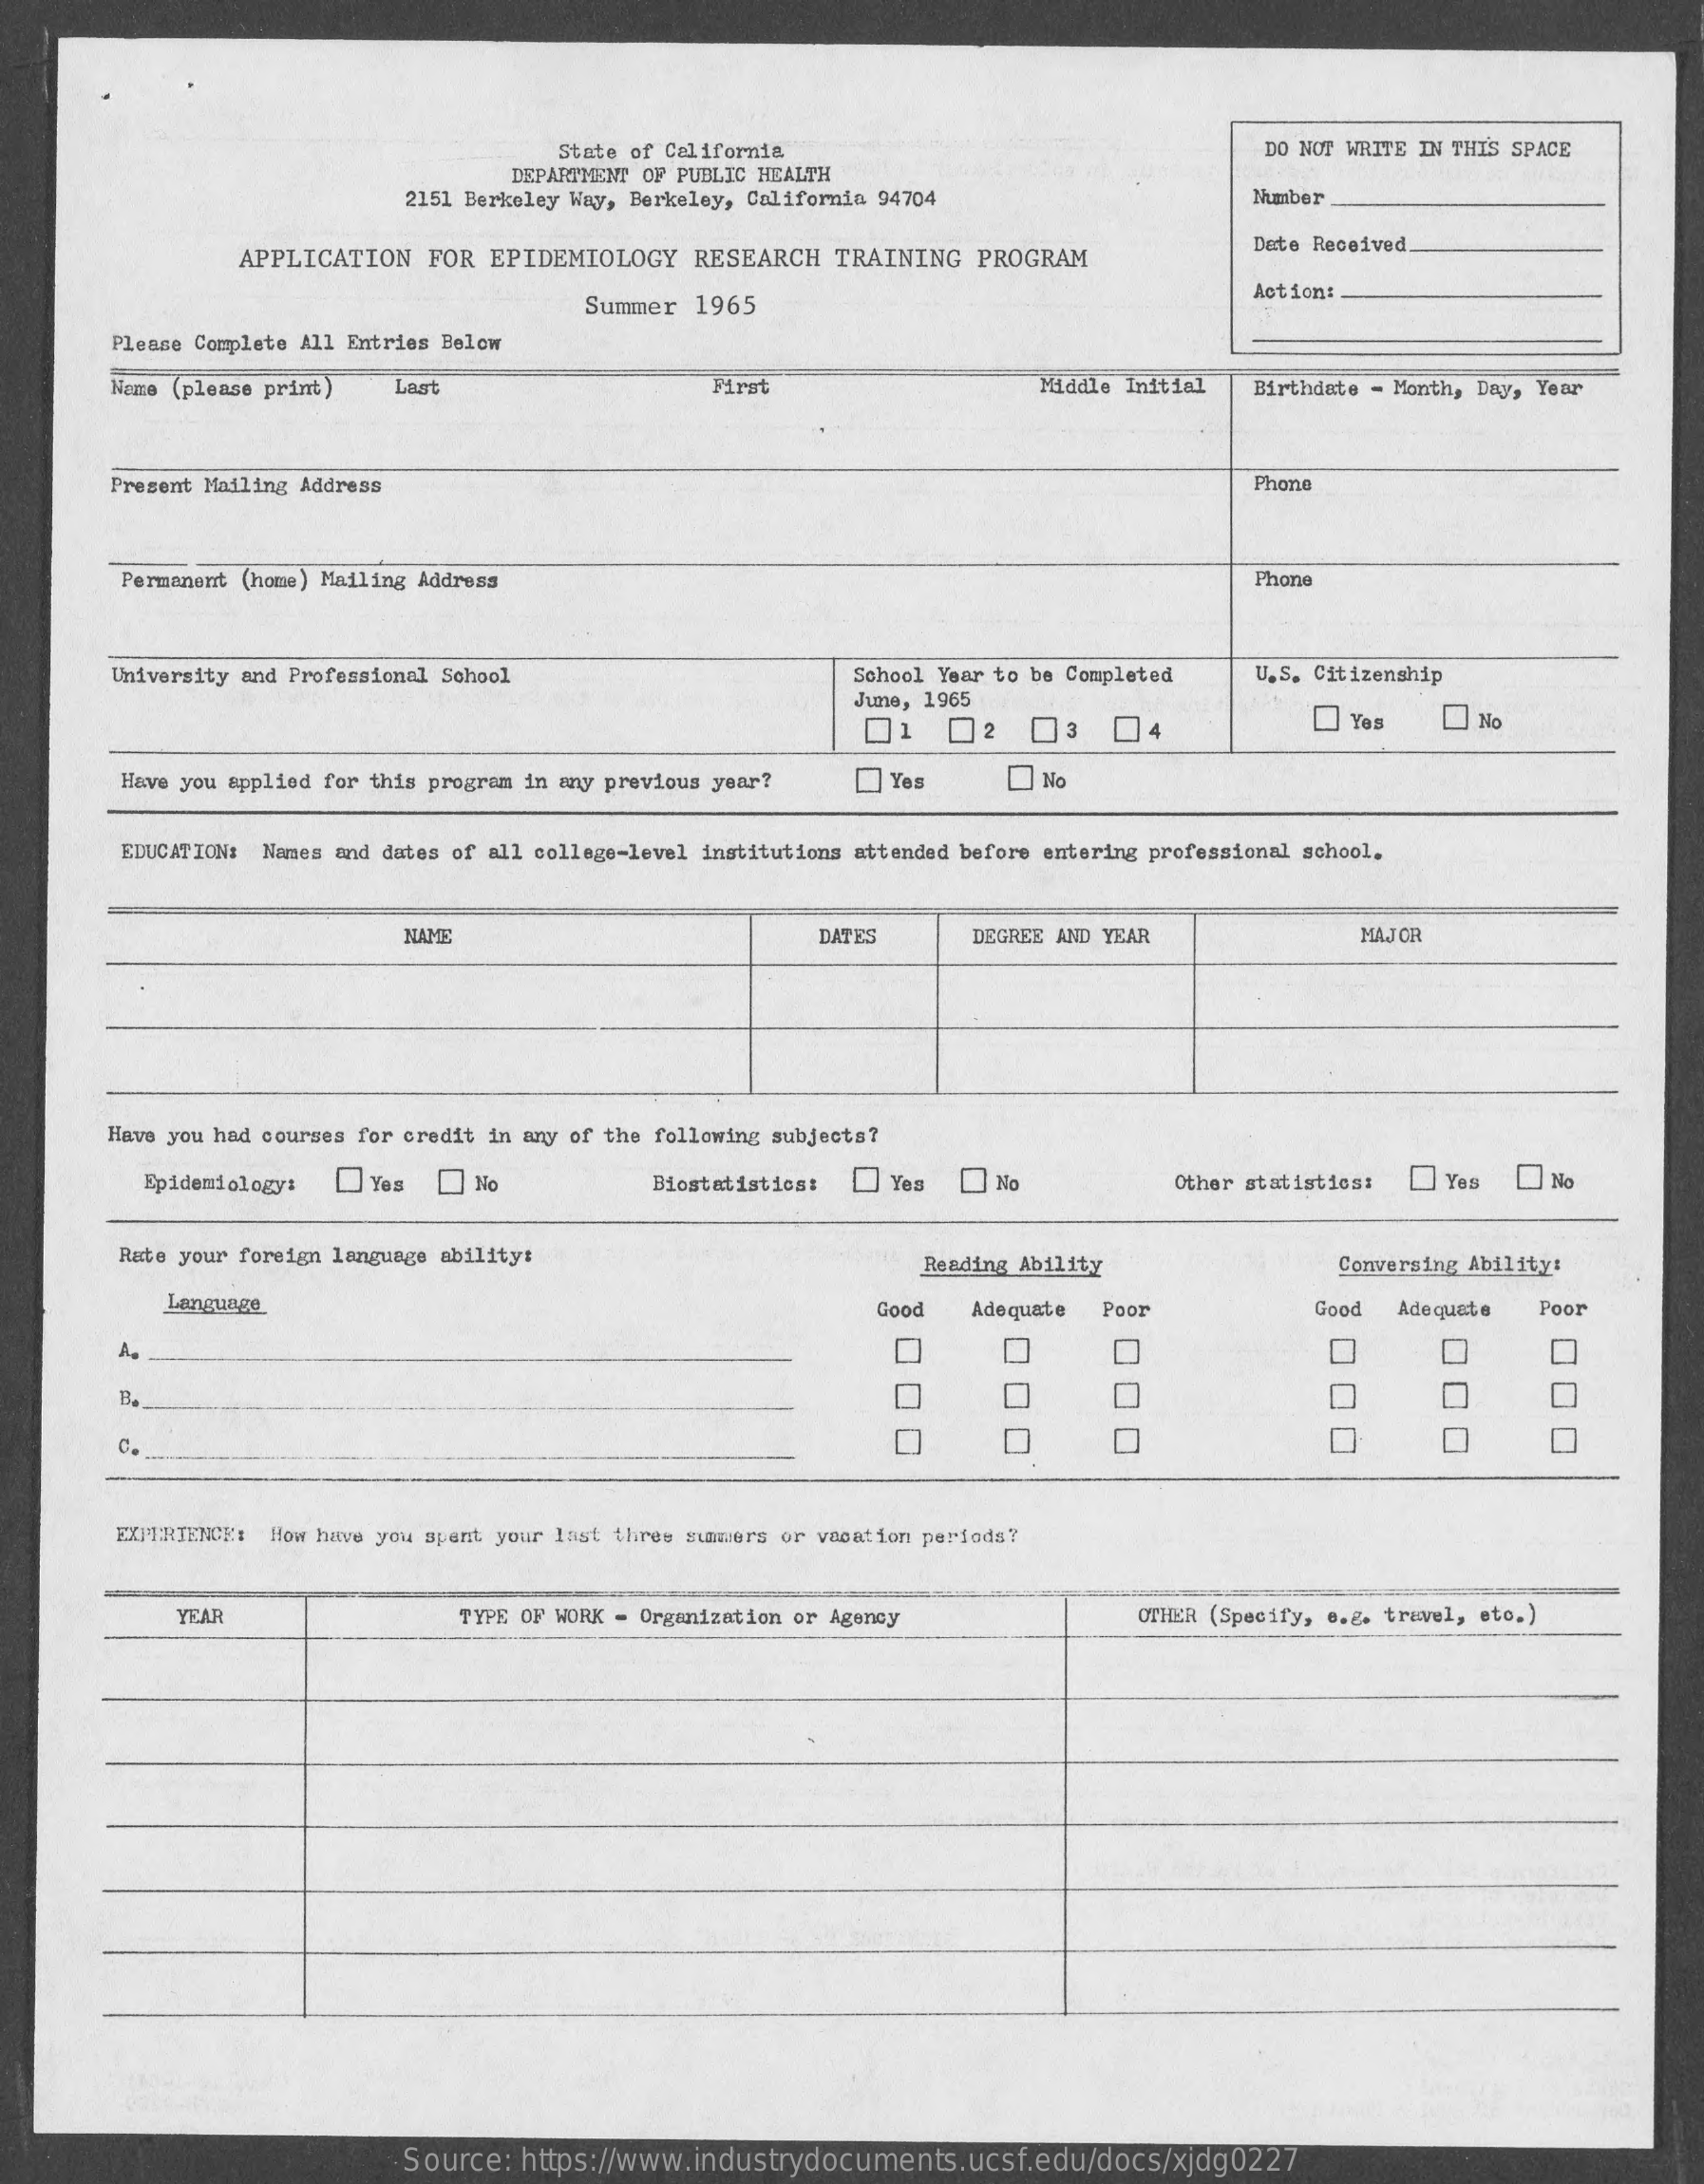
State of California    DO NOT WRITE IN THIS SPACE
     DEPARTMENT OF PUBLIC HEALTH
     2151 Berkeley Way, Berkeley, California 94704    Mmber
     APPLICATION   FOR EPIDEMIOLOGY    RESEARCH  TRAINING   PROGRAM
     Date Received.
     Summer  1965
     Actiont
     Please Complete All Entries Below
     Name (please print)   Lagt    First    Middle Initial Birthdate - Month, Day, Year
     Present Mailing Address    Phone
     Permanent (home ) Mailing Address    Phone
     University and Professional School    School Year to be Completed   U.S. Citizenship
     June, 1965
     02    03    04    Yes    No
     Have you applied for this program in any previous year?  Yes    No
     EDUCATION: Names and dates of all college-level institutions attended before entering professional school.
     NAM    DATES    DEGREE AND YEAR    MAJOR
     Have you had courses for credit in any of the following subjects?
     Epidemiology:    Yes    No    Biostatistics:   Yes    No    Other statistics:   Yes    No
     Rate your foreign language abilityt    Reading Ability    Conversing Ability:
     Language    Good   Adequate Poor    Good  Adequate   Poor
     00
     0
     00
     0
     O
     EXPERIENCE: How have you spent your last three summers or vacation periods?
     YEAR    TYPE OF WORK - Organization or Agency    OTHER (Specify, e.g. travel, etc.)
     Source: https://www.industrydocuments.ucsf.edu/docs/xjdg0227